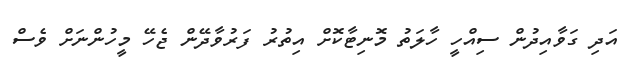
އަދި ގަވާއިދުން ސިއްހީ ހާލަތު މޮނިޓާކޮށް އިތުރު ފަރުވާދޭން ޖެހޭ މީހުންނަށް ވެސް